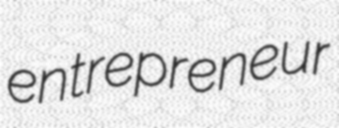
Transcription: entrepreneur